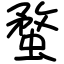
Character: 蝥